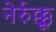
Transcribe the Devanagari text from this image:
नेर्रुक्कू